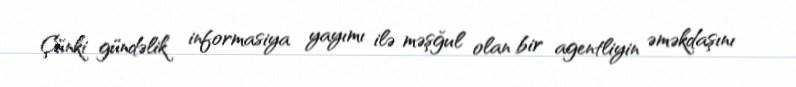
Çünki gündəlik informasiya yayımı ilə məşğul olan bir agentliyin əməkdaşını